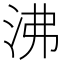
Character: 沸